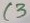
Text: C3